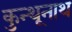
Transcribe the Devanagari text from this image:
कुन्थूनाथ